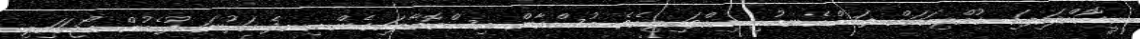
ހީކޮށްލައިފައި ކުއްލިއަކަށް ފަސްއެނބުރި އިއްވައިލިއެވެ. މުސްކާން އިސްއޮބާލައިގެން އިނދެ ކަރުނަ ފުހެމުން ބޯޖަހައިލި